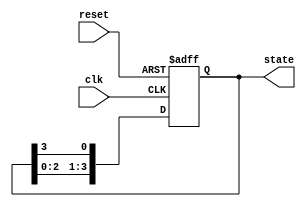
module ring_counter (
    input wire clk,        // Clock signal
    input wire reset,      // Asynchronous reset signal
    output reg [N-1:0] state // Output state of the ring counter
);
    parameter N = 4; // Number of flip-flops in the ring counter

    // Initialize the state on reset
    always @(posedge clk or posedge reset) begin
        if (reset) begin
            state <= 1'b1; // Set the first flip-flop to '1'
        end else begin
            state <= {state[N-2:0], state[N-1]}; // Shift left and wrap around
        end
    end
endmodule